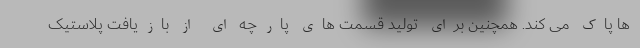
ها پاک می کند. همچنین برای تولید قسمت های پارچه ای از بازیافت پلاستیک